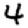
Digit: 4